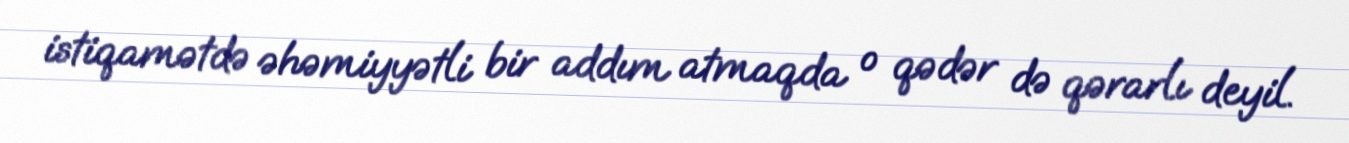
istiqamətdə əhəmiyyətli bir addım atmaqda o qədər də qərarlı deyil.